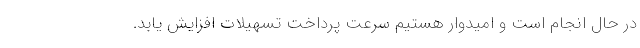
در حال انجام است و امیدوار هستیم سرعت پرداخت تسهیلات افزایش یابد.